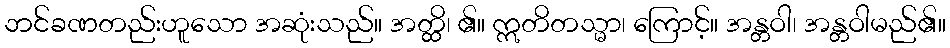
ဘင်ခဏတည်းဟူသော အဆုံးသည်။ အတ္ထိ၊ ၏။ ဣတိတသ္မာ၊ ကြောင့်။ အန္တဝါ၊ အန္တဝါမည်၏။